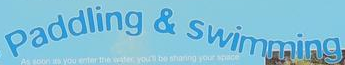
Paddling & swimming